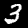
Label: 3